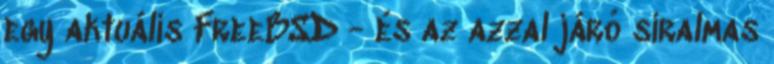
egy aktuális FreeBSD - és az azzal járó siralmas